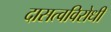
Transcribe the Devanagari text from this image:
दासत्वविरोधी